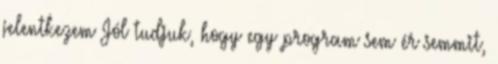
jelentkezem Jól tudjuk, hogy egy program sem ér semmit,